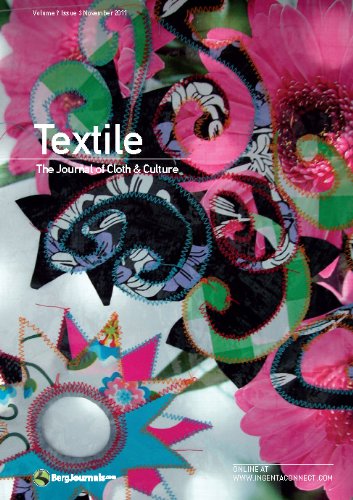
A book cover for Textile Volume 9 Issue 3: The Journal of Cloth & Culture; Catherine Harper; Crafts, Hobbies & Home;